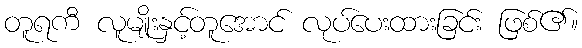
တူရကီ လူမျိုးနှင့်တူအောင် လုပ်ပေးထားခြင်း ဖြစ်၏။